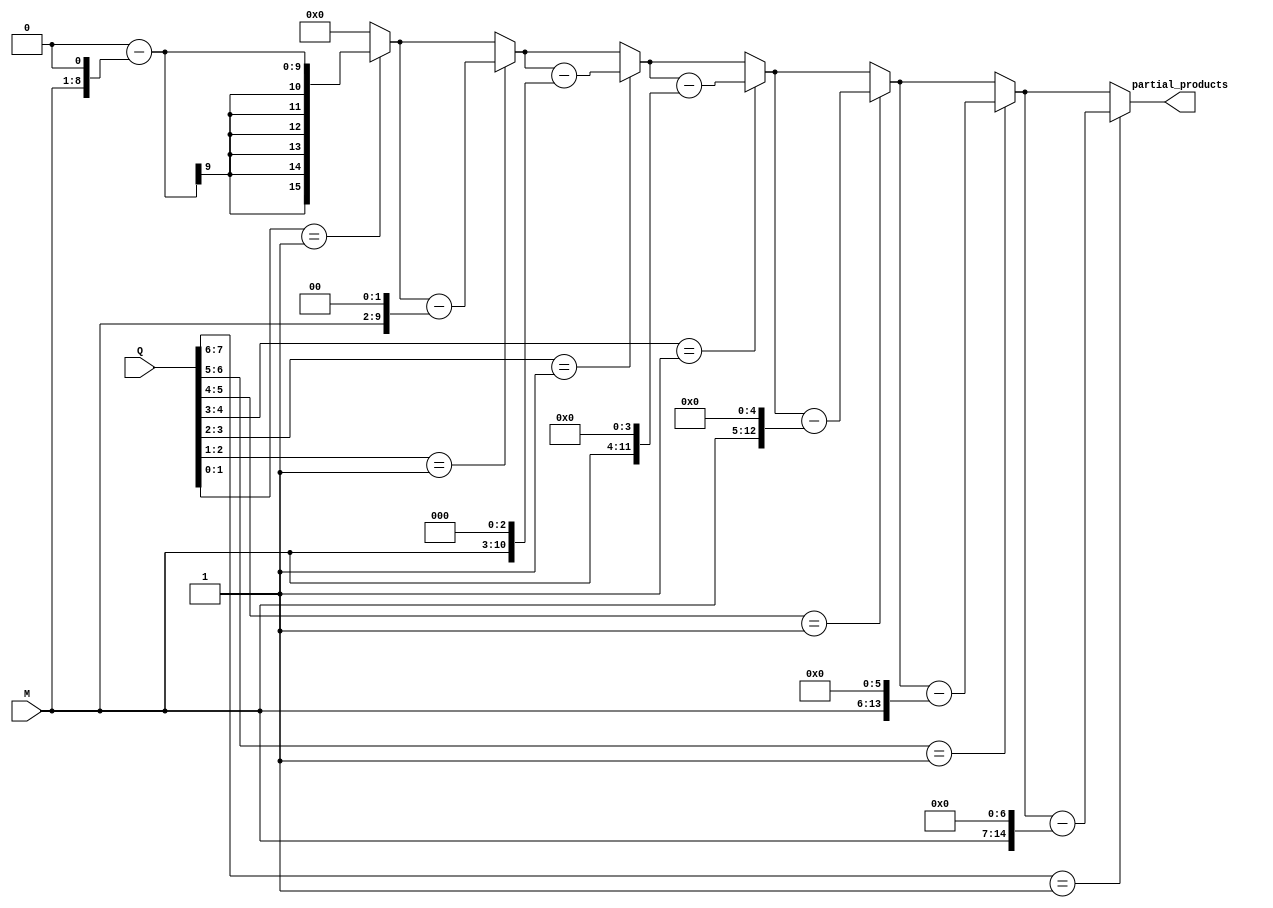
module booth_encoder (
    input [n-1:0] M, // Multiplicand
    input [n-1:0] Q, // Multiplier
    output reg [2*n-1:0] partial_products // Partial products
);
    parameter n = 8; // Bit width
    reg [1:0] prev_bit; // Previous bit for Booth encoding
    integer i;

    always @(*) begin
        prev_bit = 2'b00; // Initialize previous bit
        partial_products = 0; // Initialize partial products

        for (i = 0; i < n; i = i + 1) begin
            case ({Q[i], prev_bit})
                2'b01: partial_products = partial_products + (M << i); // +M
                2'b10: partial_products = partial_products - (M << i); // -M
                default: ; // 00 or 11: do nothing
            endcase
            prev_bit = {Q[i], prev_bit[0]}; // Update previous bit
        end
    end
endmodule